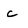
Character: c